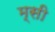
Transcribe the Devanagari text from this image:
म्सी